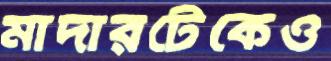
মাদারটেকেও